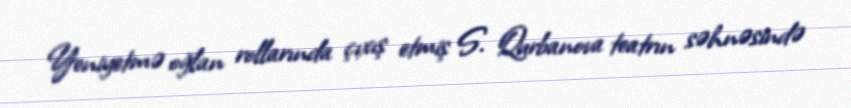
Yeniyetmə oğlan rollarında çıxış etmiş S. Qurbanova teatrın səhnəsində